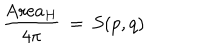
\frac { \mathrm { A r e a } _ { H } } { 4 \pi } \, = \, S ( p , q )